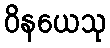
ဝိနယေသု